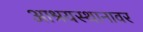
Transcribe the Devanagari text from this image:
आश्रयस्थानावर